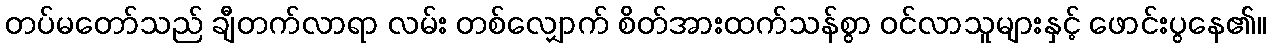
တပ်မတော်သည် ချီတက်လာရာ လမ်း တစ်လျှောက် စိတ်အားထက်သန်စွာ ဝင်လာသူများနှင့် ဖောင်းပွနေ၏။